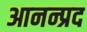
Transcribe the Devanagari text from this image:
आनन्प्रद